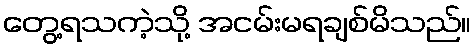
တွေ့ရသကဲ့သို့ အငမ်းမရချစ်မိသည်။